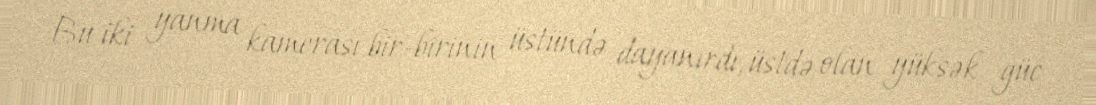
Bu iki yanma kamerası bir-birinin üstündə dayanırdı, üstdə olan yüksək güc